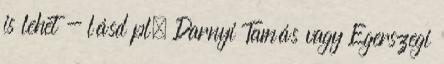
is lehet - lásd pl. Darnyi Tamás vagy Egerszegi